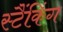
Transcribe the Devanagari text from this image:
स्टैंकिंग